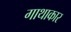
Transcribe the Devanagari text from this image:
गाथाकार